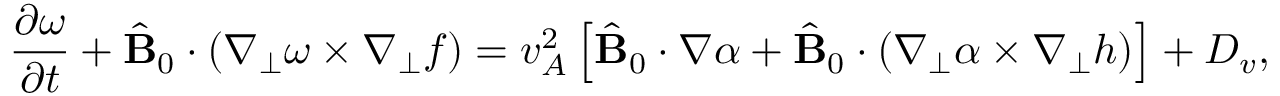
\frac { \partial \omega } { \partial t } + \hat { \bf B } _ { 0 } \cdot ( \nabla _ { \perp } \omega \times \nabla _ { \perp } f ) = v _ { A } ^ { 2 } \left[ \hat { \bf B } _ { 0 } \cdot \nabla \alpha + \hat { \bf B } _ { 0 } \cdot ( \nabla _ { \perp } \alpha \times \nabla _ { \perp } h ) \right] + D _ { v } ,